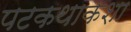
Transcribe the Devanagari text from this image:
पटकथाकशा